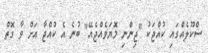
ސްކޫލެއްގައި ކުއްޖަކު "ޖިންނި މޮޔަވެއްޖެއޭ" ބުނެ އެ ކުއްޖާ އަށް ވާ ގޮތް